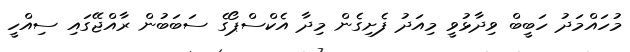
މުހައްމަދު ހަބީބް ވިދާޅުވީ މިއަދު ފެށިގެން މިދާ އެކްސްޕޯގެ ސަބަބުން ރާއްޖޭގައި ސިއްހީ